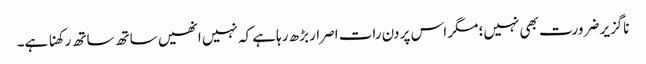
ناگزیر ضرورت بھی نہیں؛ مگر اس پر دن رات اصرار بڑھ رہاہے کہ نہیں انھیں ساتھ ساتھ رکھنا ہے۔